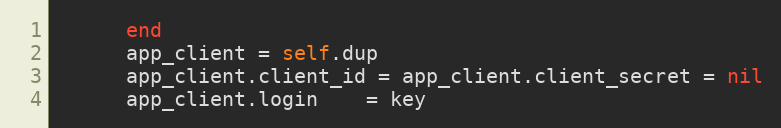
Language: Ruby
      end
      app_client = self.dup
      app_client.client_id = app_client.client_secret = nil
      app_client.login    = key